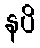
နပိ